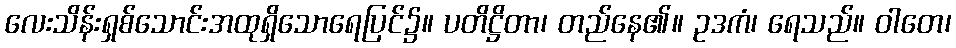
လေးသိန်းရှစ်သောင်းအထုရှိသောရေပြင်၌။ ပတိဋ္ဌိတာ၊ တည်နေ၏။ ဥဒကံ၊ ရေသည်။ ဝါတေ၊